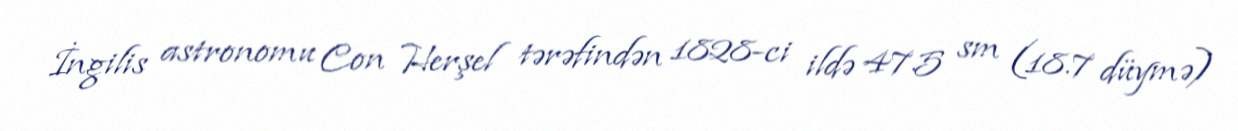
İngilis astronomu Con Herşel tərəfindən 1828-ci ildə 47.5 sm (18.7 düymə)